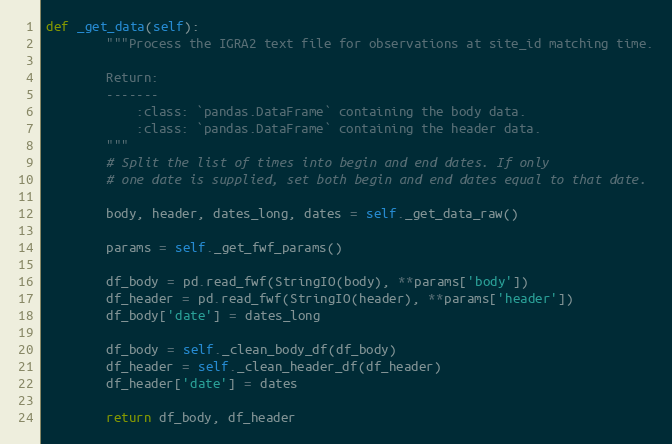
Language: Python
def _get_data(self):
        """Process the IGRA2 text file for observations at site_id matching time.

        Return:
        -------
            :class: `pandas.DataFrame` containing the body data.
            :class: `pandas.DataFrame` containing the header data.
        """
        # Split the list of times into begin and end dates. If only
        # one date is supplied, set both begin and end dates equal to that date.

        body, header, dates_long, dates = self._get_data_raw()

        params = self._get_fwf_params()

        df_body = pd.read_fwf(StringIO(body), **params['body'])
        df_header = pd.read_fwf(StringIO(header), **params['header'])
        df_body['date'] = dates_long

        df_body = self._clean_body_df(df_body)
        df_header = self._clean_header_df(df_header)
        df_header['date'] = dates

        return df_body, df_header